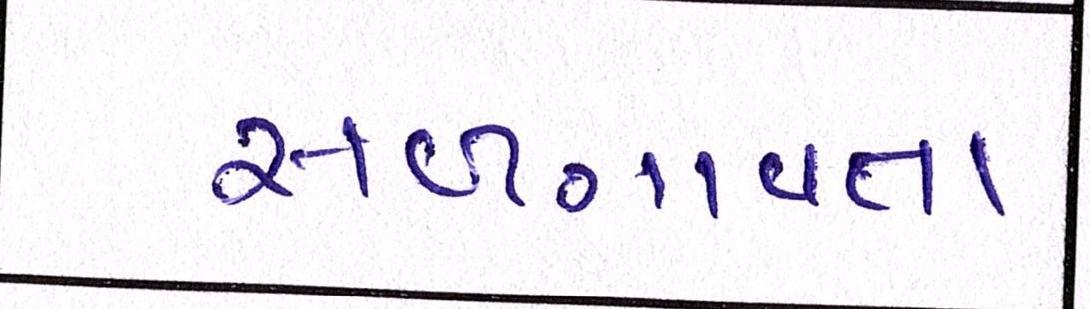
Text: સળગાવતા